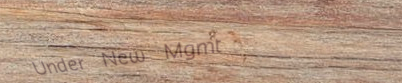
Under New Mgmt